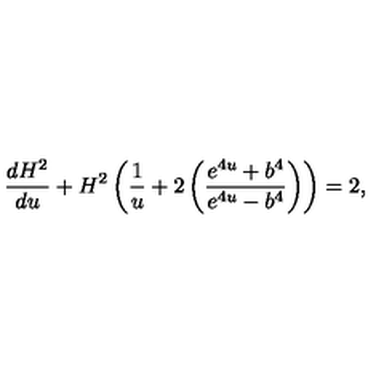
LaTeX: \frac { d H ^ { 2 } } { d u } + H ^ { 2 } \left( \frac { 1 } { u } + 2 \left( \frac { e ^ { 4 u } + b ^ { 4 } } { e ^ { 4 u } - b ^ { 4 } } \right) \right) = 2 ,